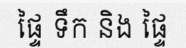
ផ្ទៃ ទឹក និង ផ្ទៃ